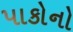
પાકોનો